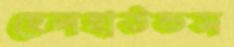
হেলহাউন্ডস